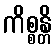
ကိစ္စန္တိ